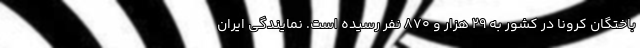
باختگان کرونا در کشور به ۲۹ هزار و ۸۷۰ نفر رسیده است. نمایندگی ایران